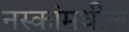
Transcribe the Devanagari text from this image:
नस्कांमधील